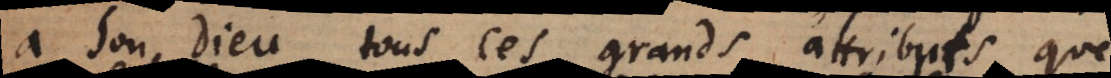
à son Dieu tous ces grands attributs que